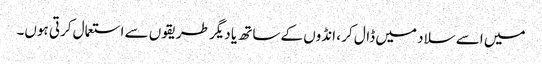
میں اسے سلاد میں ڈال کر ، انڈوں کے ساتھ یا دیگر طریقوں سے استعمال کرتی ہوں۔